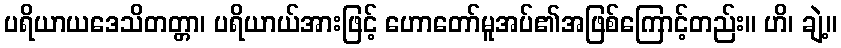
ပရိယာယဒေသိတတ္တာ၊ ပရိယာယ်အားဖြင့် ဟောတော်မူအပ်၏အဖြစ်ကြောင့်တည်း။ ဟိ၊ ချဲ့။